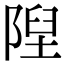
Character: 隉